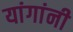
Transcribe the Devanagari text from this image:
यांगांनी